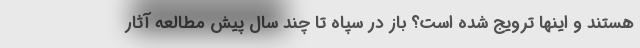
هستند و اینها ترویج شده است؟ باز در سپاه تا چند سال پیش مطالعه آثار